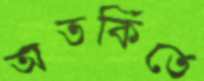
অতর্কিতে